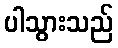
ပါသွားသည်